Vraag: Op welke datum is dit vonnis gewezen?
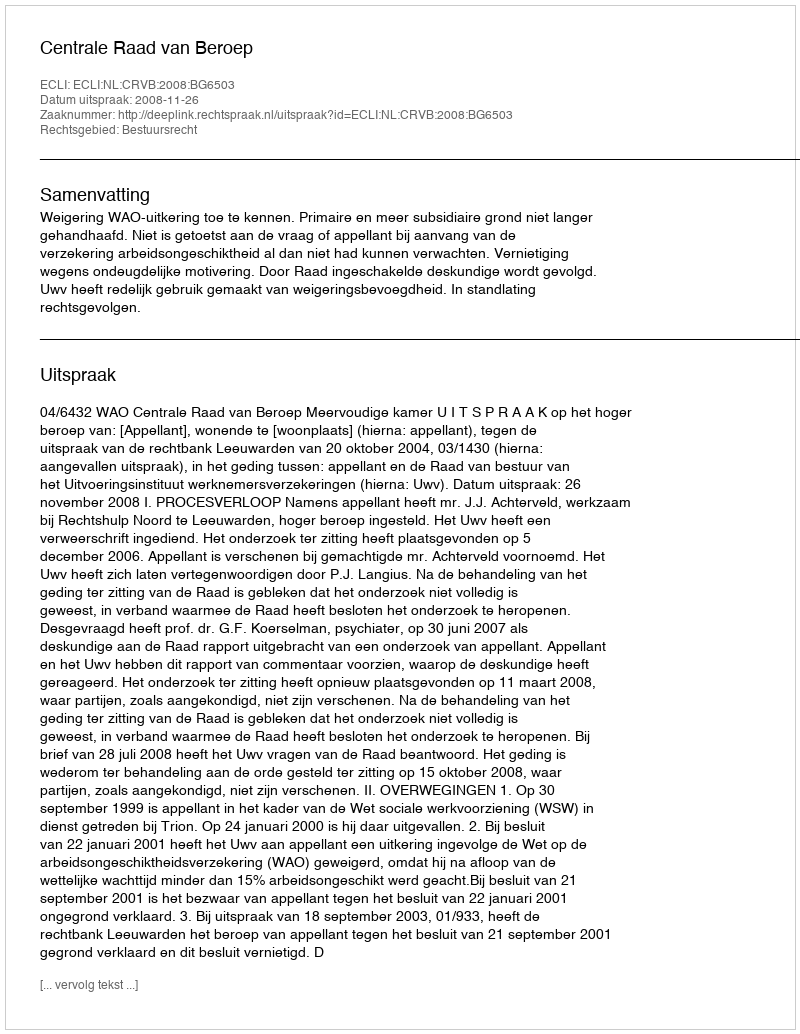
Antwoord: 2008-11-26